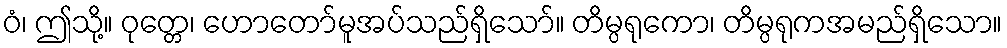
ဝံ၊ ဤသို့။ ဝုတ္တေ၊ ဟောတော်မူအပ်သည်ရှိသော်။ တိမ္ပရုကော၊ တိမ္ပရုကအမည်ရှိသော။